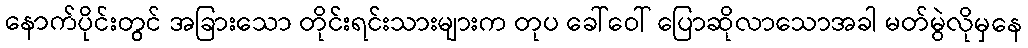
နောက်ပိုင်းတွင် အခြားသော တိုင်းရင်းသားများက တုပ ခေါ်ဝေါ် ပြောဆိုလာသောအခါ မတ်မွဲလိုမှနေ